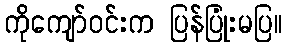
ကိုကျော်ဝင်းက ပြန်ပြုံးမပြ။